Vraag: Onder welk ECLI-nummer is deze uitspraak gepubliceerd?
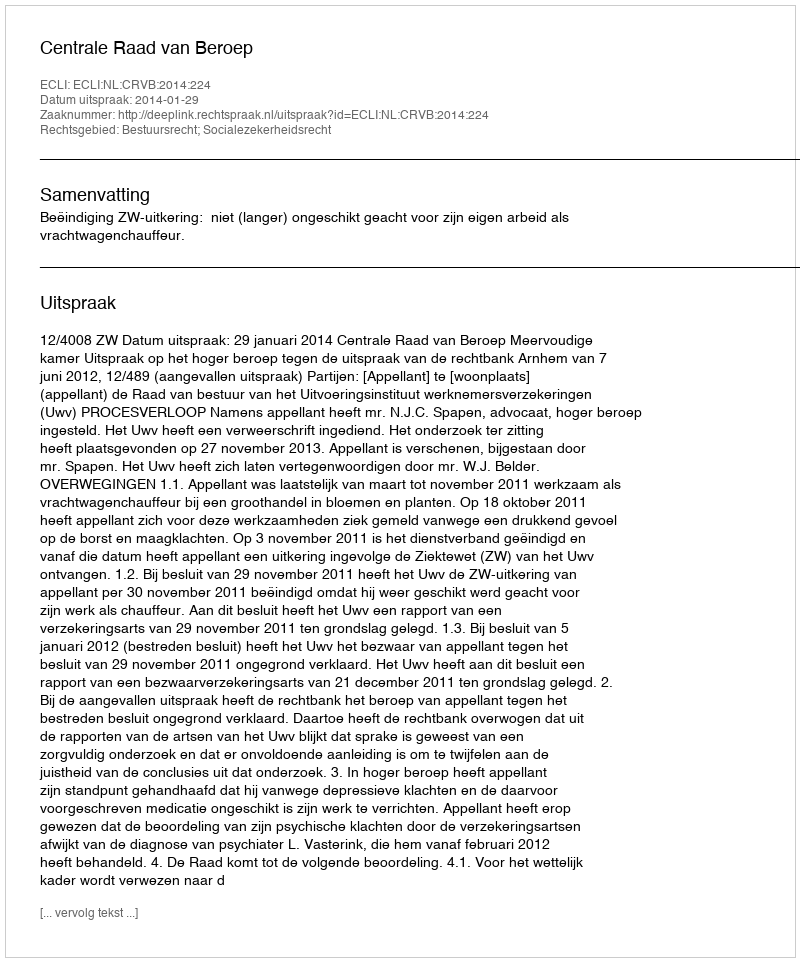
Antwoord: ECLI:NL:CRVB:2014:224